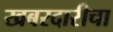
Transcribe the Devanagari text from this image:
खबरदारीचा